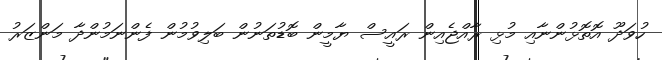
ހުވަދޫ އޮތޮޅުންނާއި މުޅި ރާއްޖެއިން ރައީސް ޔާމީން ބޮޑުތަނުން ބަލިވުމުން ފެންނަމުންދާ މަންޒަރު